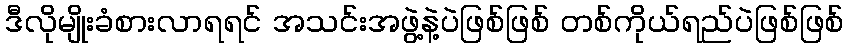
ဒီလိုမျိုးခံစားလာရရင် အသင်းအဖွဲ့နဲ့ပဲဖြစ်ဖြစ် တစ်ကိုယ်ရည်ပဲဖြစ်ဖြစ်